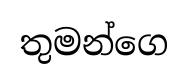
තුමන්ගෙ